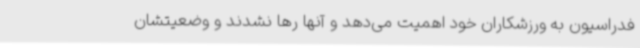
فدراسیون به ورزشکاران خود اهمیت می‌دهد و آنها رها نشدند و وضعیتشان